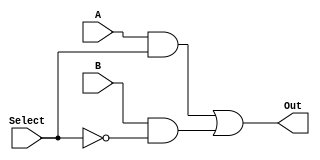
`timescale 1ns / 1ps
module Mux2x1(
    input A,
    input B,
    input Select,
    output Out
    );
    assign Out = A & Select | B & ~Select;
endmodule